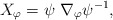
\begin{align*}X_\varphi =\psi \ \nabla _\varphi \psi ^{-1},\end{align*}